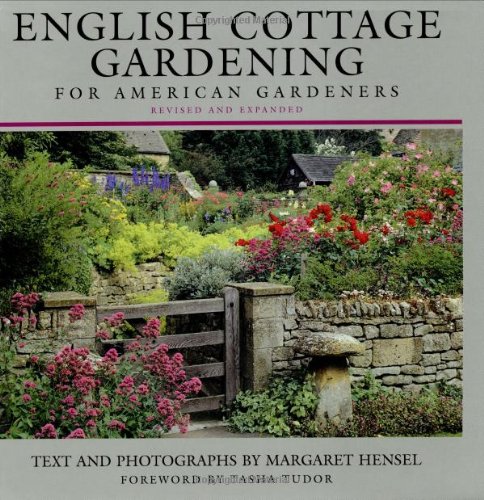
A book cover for English Cottage Gardening: For American Gardeners, Revised Edition; Margaret Hensel; Crafts, Hobbies & Home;